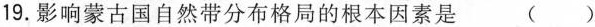
19.影响蒙古国自然带分布格局的根本因素是 ( )